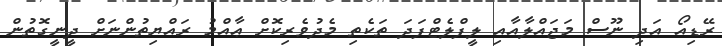
ރޭޑިއޯ އަދި ނޫސް މަޖައްލާއާއި ލީފްލެޓްފަދަ ތަކެތި މެދުވެރިކޮށް ޢާއްމު ރައްޔިތުންނަށް ދީނީގޮތުން